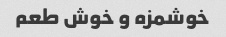
خوشمزه و خوش طعم